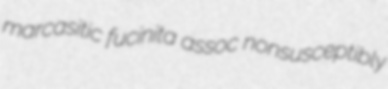
marcasitic fucinita assoc nonsusceptibly